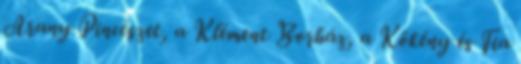
Arany Pincészet, a Klément Borház, a Kökény és Fia